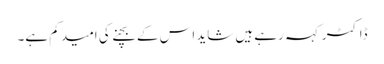
ڈاکٹر کہہ رہے ہیں شاید اس کے بچنے کی امید کم ہے۔